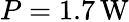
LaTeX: P=1.7\, \mathrm{W}